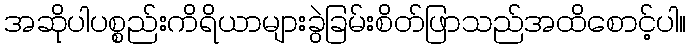
အဆိုပါပစ္စည်းကိရိယာများခွဲခြမ်းစိတ်ဖြာသည်အထိစောင့်ပါ။